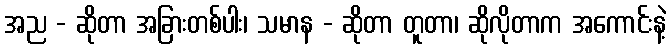
အည - ဆိုတာ အခြားတစ်ပါး၊ သမာန - ဆိုတာ တူတာ၊ ဆိုလိုတာက အကောင်းနဲ့